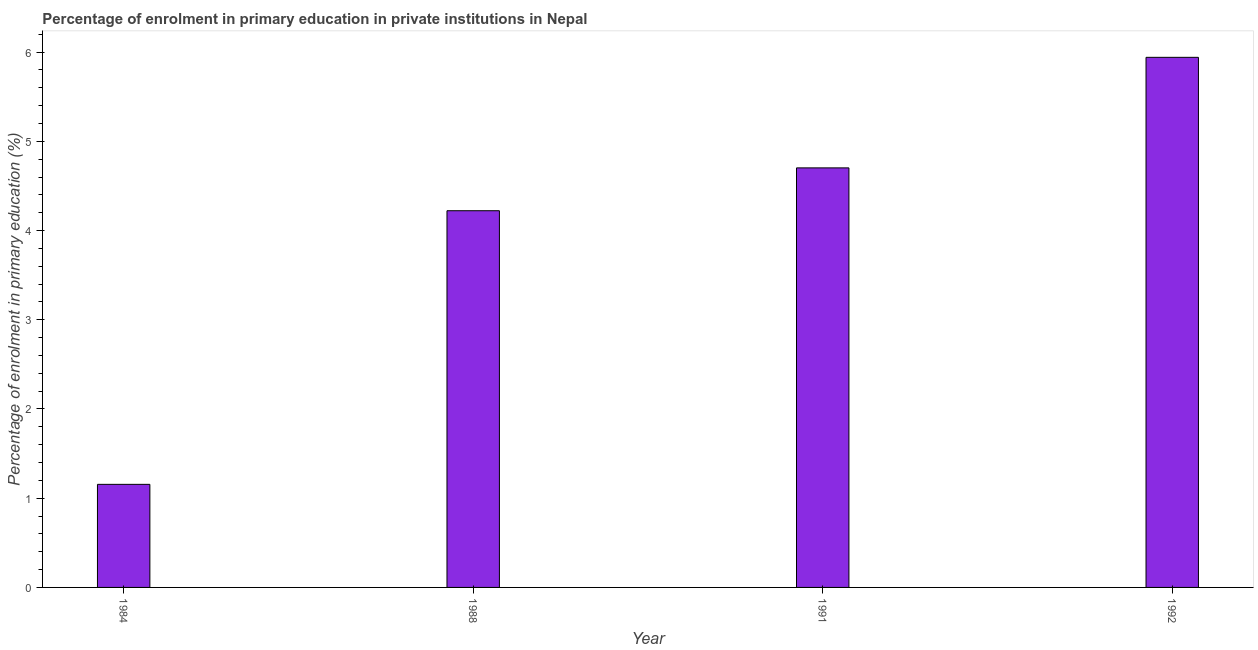
| Year | Enrolment  |
 | --- | --- |
 | 1984 | 1.16 |
 | 1988 | 4.22 |
 | 1991 | 4.7 |
 | 1992 | 5.94 |